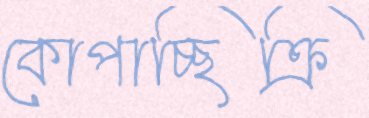
কোপাচ্ছিক্রি